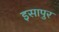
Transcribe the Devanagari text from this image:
इसापुर